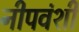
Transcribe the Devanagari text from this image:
नीपवंशी